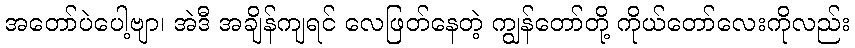
အတော်ပဲပေါ့ဗျာ၊ အဲဒီ အချိန်ကျရင် လေဖြတ်နေတဲ့ ကျွန်တော်တို့ ကိုယ်တော်လေးကိုလည်း